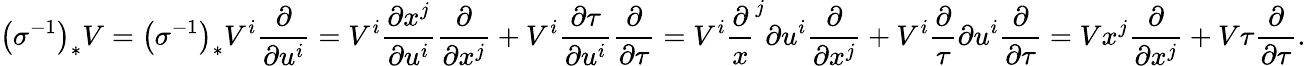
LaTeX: \left(\sigma^{-1}\right)_{*}V=\left(\sigma^{-1}\right)_{*}V^{i}{\frac{\partial}{\partial u^{i}}}=V^{i}{\frac{\partial x^{j}}{\partial u^{i}}}{\frac{\partial}{\partial x^{j}}}+V^{i}{\frac{\partial\tau}{\partial u^{i}}}{\frac{\partial}{\partial\tau}}=V^{i}{\frac{\partial}{x}}^{j}{\partial u^{i}}{\frac{\partial}{\partial x^{j}}}+V^{i}{\frac{\partial}{\tau}}{\partial u^{i}}{\frac{\partial}{\partial\tau}}=Vx^{j}{\frac{\partial}{\partial x^{j}}}+V\tau{\frac{\partial}{\partial\tau}}.